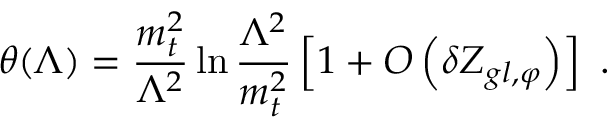
\theta ( \Lambda ) = \frac { m _ { t } ^ { 2 } } { \Lambda ^ { 2 } } \ln \frac { \Lambda ^ { 2 } } { m _ { t } ^ { 2 } } \left[ 1 + { \cal { O } } \left( \delta Z _ { g l , \varphi } \right) \right] \ .